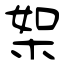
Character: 桇